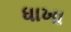
ધાખા